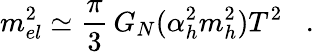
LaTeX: m_{el}^{2}\simeq\frac{\pi}{3}\, G_{N}(\alpha_{h}^{2}m_{h}^{2})T^{2}\; \; \; .